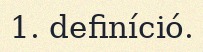
1. definíció.